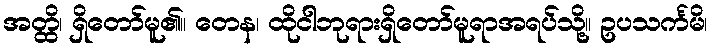
အတ္ထိ၊ ရှိတော်မူ၏။ တေန၊ ထိုငါဘုရားရှိတော်မူရာအရပ်သို့။ ဥပသင်္ကမိ၊